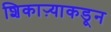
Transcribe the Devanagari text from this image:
शिकाऱ्याकडून